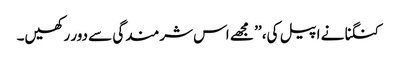
کنگنا نے اپیل کی، ’’ مجھے اس شرمندگی سے دور رکھیں۔